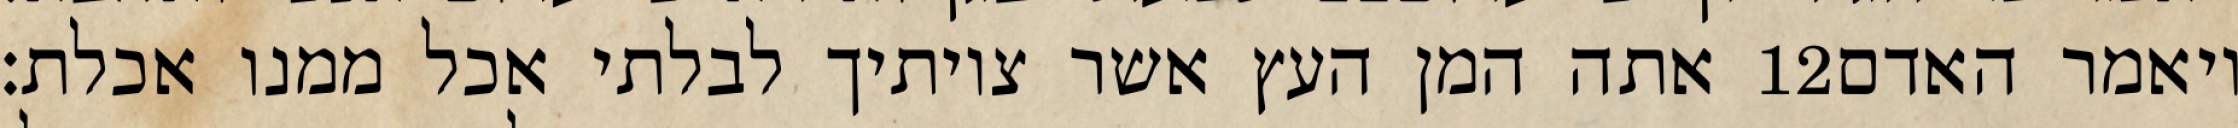
אתה המן העץ אשר צויתיך לבלתי אכל ממנו אכלת׃ ‎12‏ ויאמר האדם